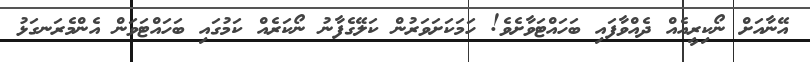
އޭނާއަށް ނޯކިރީއެއް ދެއްވާފައި ބަހައްޓަވާށެވެ! ހަމަކަށަވަރުން ކަލޭގެފާނު ނޯކަރެއް ކަމުގައި ބަހައްޓަވަން އެންމެރަނގަޅު